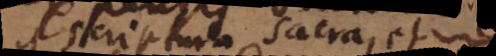
Scriptura sacra, et